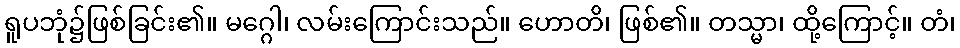
ရူပဘုံ၌ဖြစ်ခြင်း၏။ မဂ္ဂေါ၊ လမ်းကြောင်းသည်။ ဟောတိ၊ ဖြစ်၏။ တသ္မာ၊ ထို့ကြောင့်။ တံ၊